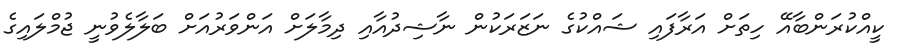
ކީއްކުރަންބާއޭ ހިތަށް އަރާފައި ޝައްކުގެ ނަޒަރަކުން ނާޝިދުއާއި ދިމާލަށް އަންވަރުއަށް ބަލާލެވުނީ ޖުމްލައިގެ